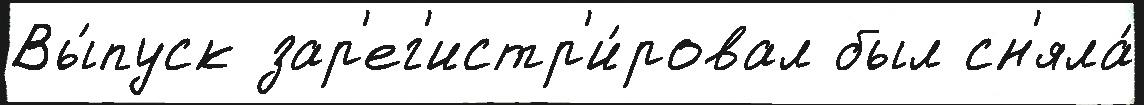
Вы́пуск зар'ег'истр'и́ровал был сн'яла́